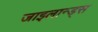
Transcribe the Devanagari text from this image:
जाइलान्ड्स